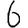
Digit: 6